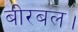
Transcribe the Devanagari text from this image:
बीरबल।